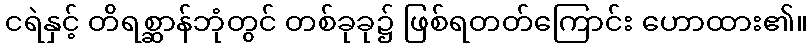
ငရဲနှင့် တိရစ္ဆာန်ဘုံတွင် တစ်ခုခု၌ ဖြစ်ရတတ်ကြောင်း ဟောထား၏။